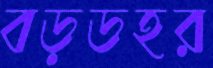
বড়ডহর